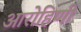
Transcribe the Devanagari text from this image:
आरोहिणी